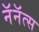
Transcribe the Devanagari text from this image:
नॅनॅत्स